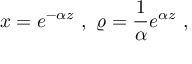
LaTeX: x = e ^ { - \alpha z } \ , \ \varrho = { \frac { 1 } { \alpha } } e ^ { \alpha z } \ ,